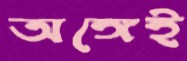
অঙ্গেই